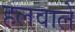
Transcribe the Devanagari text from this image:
हलवाले